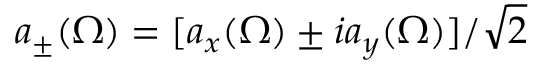
a _ { \pm } ( \Omega ) = [ a _ { x } ( \Omega ) \pm i a _ { y } ( \Omega ) ] / \sqrt { 2 }